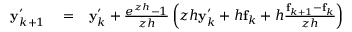
\begin{array} { r l r } { { \bf y } _ { k + 1 } ^ { \prime } } & { { } = } & { { \bf y } _ { k } ^ { \prime } + \frac { e ^ { z h } - 1 } { z h } \left( z h { \bf y } _ { k } ^ { \prime } + h { \bf f } _ { k } + h \frac { { \bf f } _ { k + 1 } - { \bf f } _ { k } } { z h } \right) } \end{array}